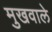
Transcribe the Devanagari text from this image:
मुखवाले